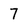
Character: 7